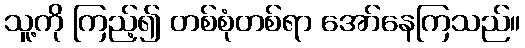
သူ့ကို ကြည့်၍ တစ်စုံတစ်ရာ အော်နေကြသည်။